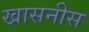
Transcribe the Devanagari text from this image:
खासनीस